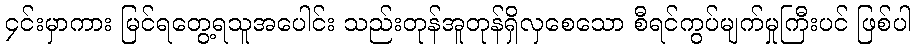
၄င်းမှာကား မြင်ရတွေ့ရသူအပေါင်း သည်းတုန်အူတုန်ရှိလှစေသော စီရင်ကွပ်မျက်မှုကြီးပင် ဖြစ်ပါ